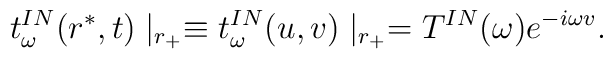
t^{IN}_{\omega} (r^*,t) \mid_{r_+} \equiv t^{IN}_{\omega}(u,v) \mid_{r_+} = T^{IN}(\omega) e^{-i\omega v}.